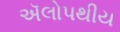
ઍલોપથીય